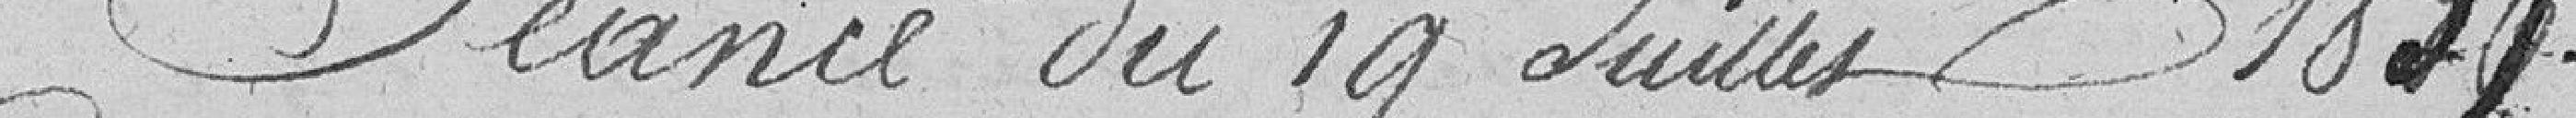
Séance du 19 juillet 1837.